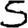
Digit: 5